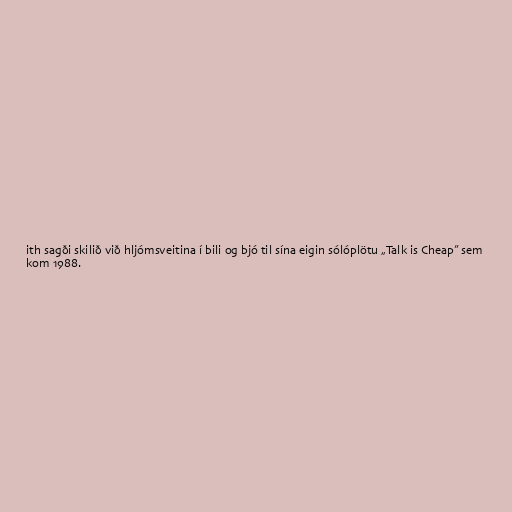
ith sagði skilið við hljómsveitina í bili og bjó til sína eigin sólóplötu „Talk is Cheap” sem
kom 1988.